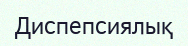
Диспепсиялық